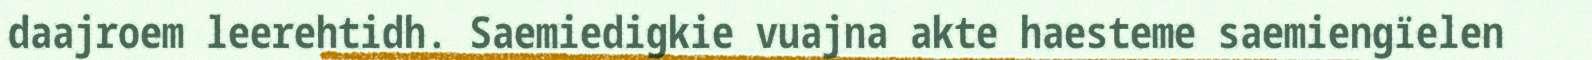
daajroem leerehtidh. Saemiedigkie vuajna akte haesteme saemiengïelen